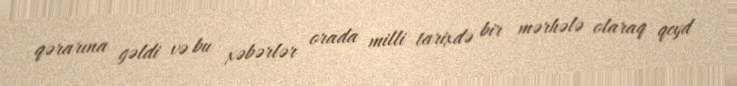
qərarına gəldi və bu xəbərlər orada milli tarixdə bir mərhələ olaraq qeyd